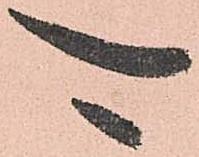
可